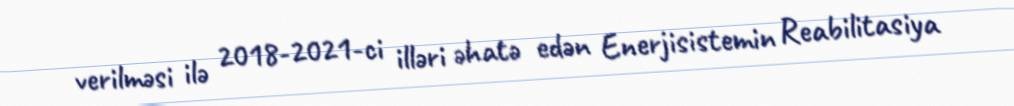
verilməsi ilə 2018-2021-ci illəri əhatə edən Enerjisistemin Reabilitasiya